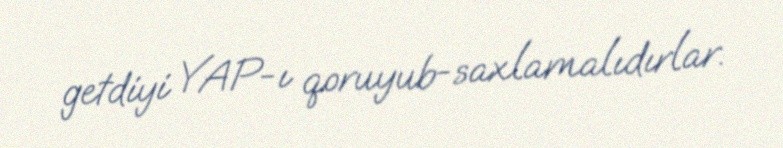
getdiyi YAP-ı qoruyub-saxlamalıdırlar.